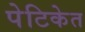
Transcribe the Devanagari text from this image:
पेटिकेत